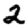
Digit: 2